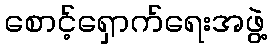
စောင့်ရှောက်ရေးအဖွဲ့